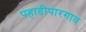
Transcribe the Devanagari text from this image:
पहाडीपारगाव